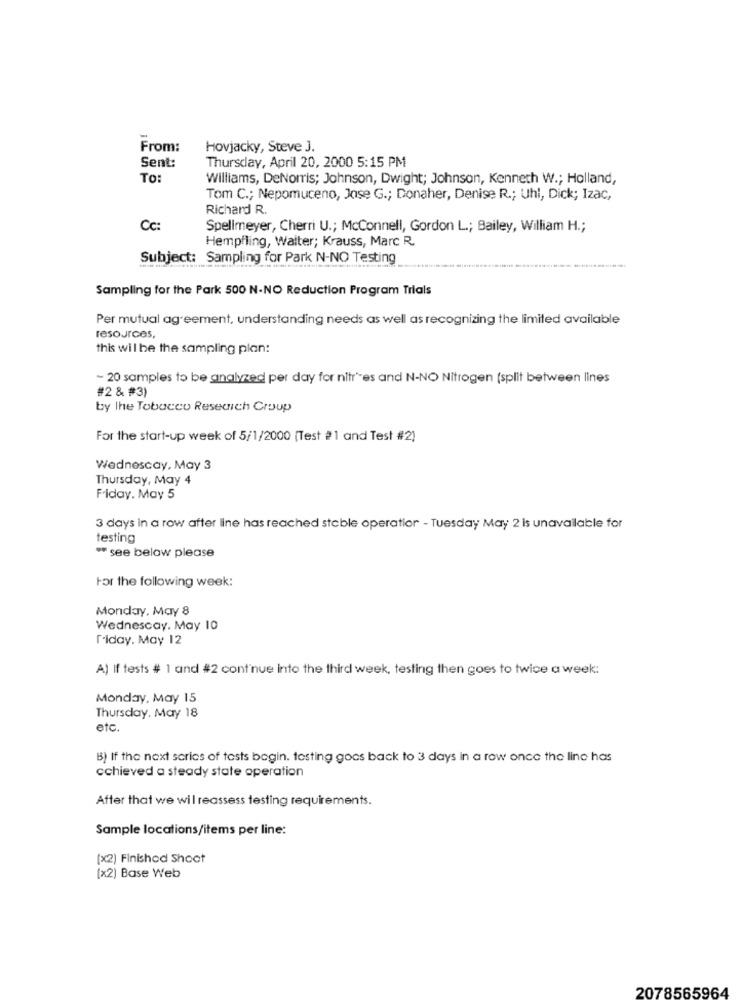
From:
Hovjacky, Steve J.
Sent:
Thursday, April 20, 2000 5:15 PM
TO:
Williams, DeNorris; Johnson, Dwight; Johnson, Kenneth W .; Holland,
Tom C .; Nepomuceno, Jase G .; Donaher, Denise R .; Uhl, Dick; Izac,
Richard R.
Cc:
Spellmeyer, Cherri U .; McConnell, Gordon L .; Bailey, William H .;
Hempfling, Waiter; Krauss, Marc R.
Subject: Sampling for Park N-NO Testing
Sampling for the Park 500 N-NO Reduction Program Trials
Per mutual agreement, understanding needs as well as recognizing the limited available
resources,
this wil be the sampling plan:
~ 20 samples to be analyzed per day for nitr'-es and N-NO Nitrogen (split between lines
#2 & #3)
by the Tobacco Research Croup
For the start-up week of 5/1/2000 (Test #1 and Test #2)
Wednesday, May 3
Thursday, May 4
Friday, May 5
3 days in a row after line has reached stable operatior - Tuesday May 2 is unavailable for
testing
** see below please
For the following week:
Monday, May 8
Wednescay. May 10
[-iday. May 12
A) If tests # 1 and #2 cont'nue into the third week, testing then goes to twice a week:
Monday, May 15
Thursday, May 18
etc.
B) If the next scrics of tests begin. testing goes back to 3 days in a row once the line has
cchieved a steady state operation
After that we wil reassess testing requirements.
Sample locations/items per line:
(x2) Finishod Shoot
(x2) Base Web
2078565964